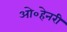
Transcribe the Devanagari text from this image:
ओ०हेनरी